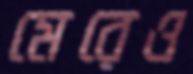
মেরেও